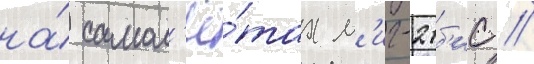
на́ самол'ё́тах м'иг-21б'ис //